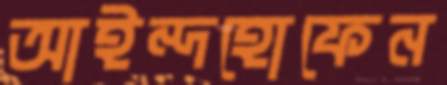
আইন্দহোফেন